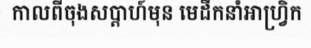
កាលពីចុងសប្តាហ៍មុន មេដឹកនាំអាហ្វ្រិក